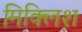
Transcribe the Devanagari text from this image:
मिक्लिश